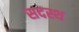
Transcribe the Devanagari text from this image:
सदस्थ